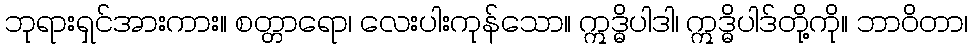
ဘုရားရှင်အားကား။ စတ္တာရော၊ လေးပါးကုန်သော။ ဣဒ္ဓိပါဒါ၊ ဣဒ္ဓိပါဒ်တို့ကို။ ဘာဝိတာ၊